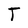
Character: T